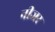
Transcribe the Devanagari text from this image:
नीजर